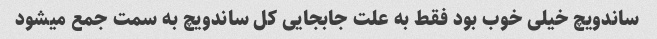
ساندویچ خیلی خوب بود فقط به علت جابجایی کل ساندویچ به سمت جمع میشود